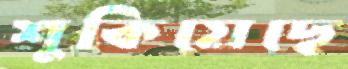
শুকিয়েছে